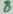
Text: 8